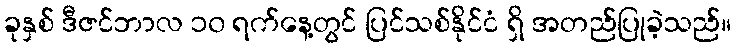
ခုနှစ် ဒီဇင်ဘာလ ၁၀ ရက်နေ့တွင် ပြင်သစ်နိုင်ငံ ရှိ အတည်ပြုခဲ့သည်။